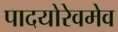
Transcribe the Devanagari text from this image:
पादयोरेवमेव